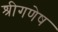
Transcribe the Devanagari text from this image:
श्रीगणेष